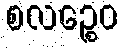
စလဉ္စေဝ